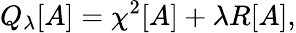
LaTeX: Q_{\lambda}[A]=\chi^{2}[A]+\lambda R[A],